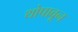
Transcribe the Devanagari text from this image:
थोपावून